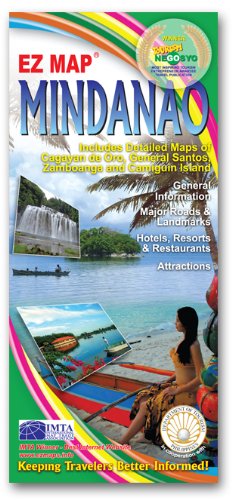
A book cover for Mindanao ( Philippines); EZ Map; Travel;